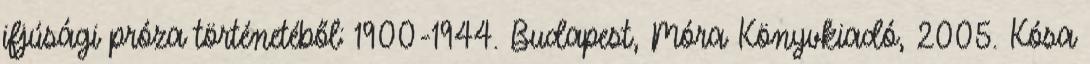
ifjúsági próza történetéből: 1900-1944. Budapest, Móra Könyvkiadó, 2005. Kósa